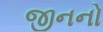
જીનનો